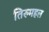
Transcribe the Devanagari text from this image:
तिरुमहल